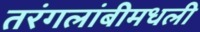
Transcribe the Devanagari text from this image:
तरंगलांबीमधली